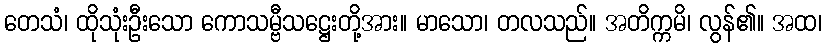
တေသံ၊ ထိုသုံးဦးသော ကောသမ္ဗီသဋ္ဌေးတို့အား။ မာသော၊ တလသည်။ အတိက္ကမိ၊ လွန်၏။ အထ၊